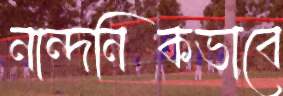
নান্দনিকভাবে